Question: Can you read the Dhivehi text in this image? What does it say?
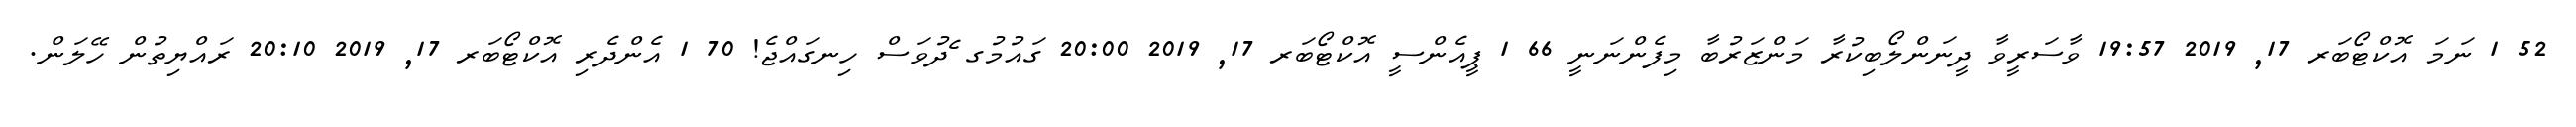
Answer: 52 1 ނަމަ އޮކްޓޯބަރ 17, 2019 19:57 ވާސަރީވާ ދީނަންލޯބިކުރާ މަންޒަރުބާ މިފެންނަނީ 66 1 ޕީއެންސީ އޮކްޓޯބަރ 17, 2019 20:00 ގައުމުގ ެދުވަސް ހިނގައްޖެ! 70 1 އެންދެރި އޮކްޓޯބަރ 17, 2019 20:10 ރައްޔިތުން ހޭލަން.